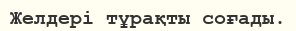
Желдері тұрақты соғады.